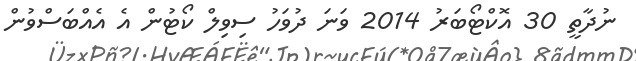
ނުދާތީ 30 އޮކްޓޯބަރު 2014 ވަނަ ދުވަހު ސިވިލް ކޯޓުން އެ އެއްބަސްވުން